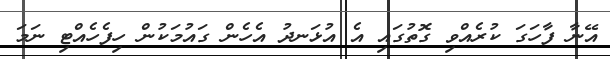
އޭނާ ފާހަގަ ކުރެއްވި ގޮތުގައި އެ އުޅަނދު އެހެން ގައުމަކުން ހިފެހެއްޓި ނަމަ